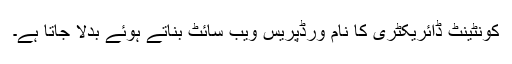
کونٹینٹ ڈائریکٹری کا نام ورڈپریس ویب سائٹ بناتے ہوئے بدلا جاتا ہے۔